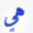
هي